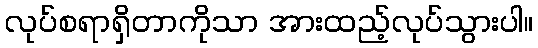
လုပ်စရာရှိတာကိုသာ အားထည့်လုပ်သွားပါ။